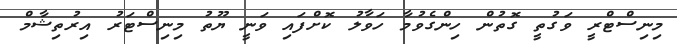
މިނިސްޓްރީ ވަގުތީ ގޮތުން ހިންގެވުމާ ހަވާލު ކޮށްފައި ވަނީ ޔޫތު މިނިސްޓަރު އިރުތިޝާމް